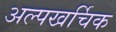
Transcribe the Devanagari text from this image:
अल्पखर्चिक